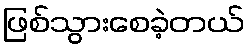
ဖြစ်သွားစေခဲ့တယ်